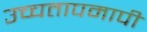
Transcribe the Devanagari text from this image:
उच्चतापमापी